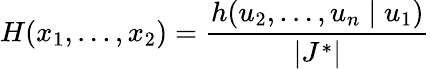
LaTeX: H(x_{1},\dots,x_{2})={\frac{h(u_{2},\dots,u_{n}\mid u_{1})}{|J^{*}|}}